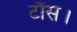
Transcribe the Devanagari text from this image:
टौंस।